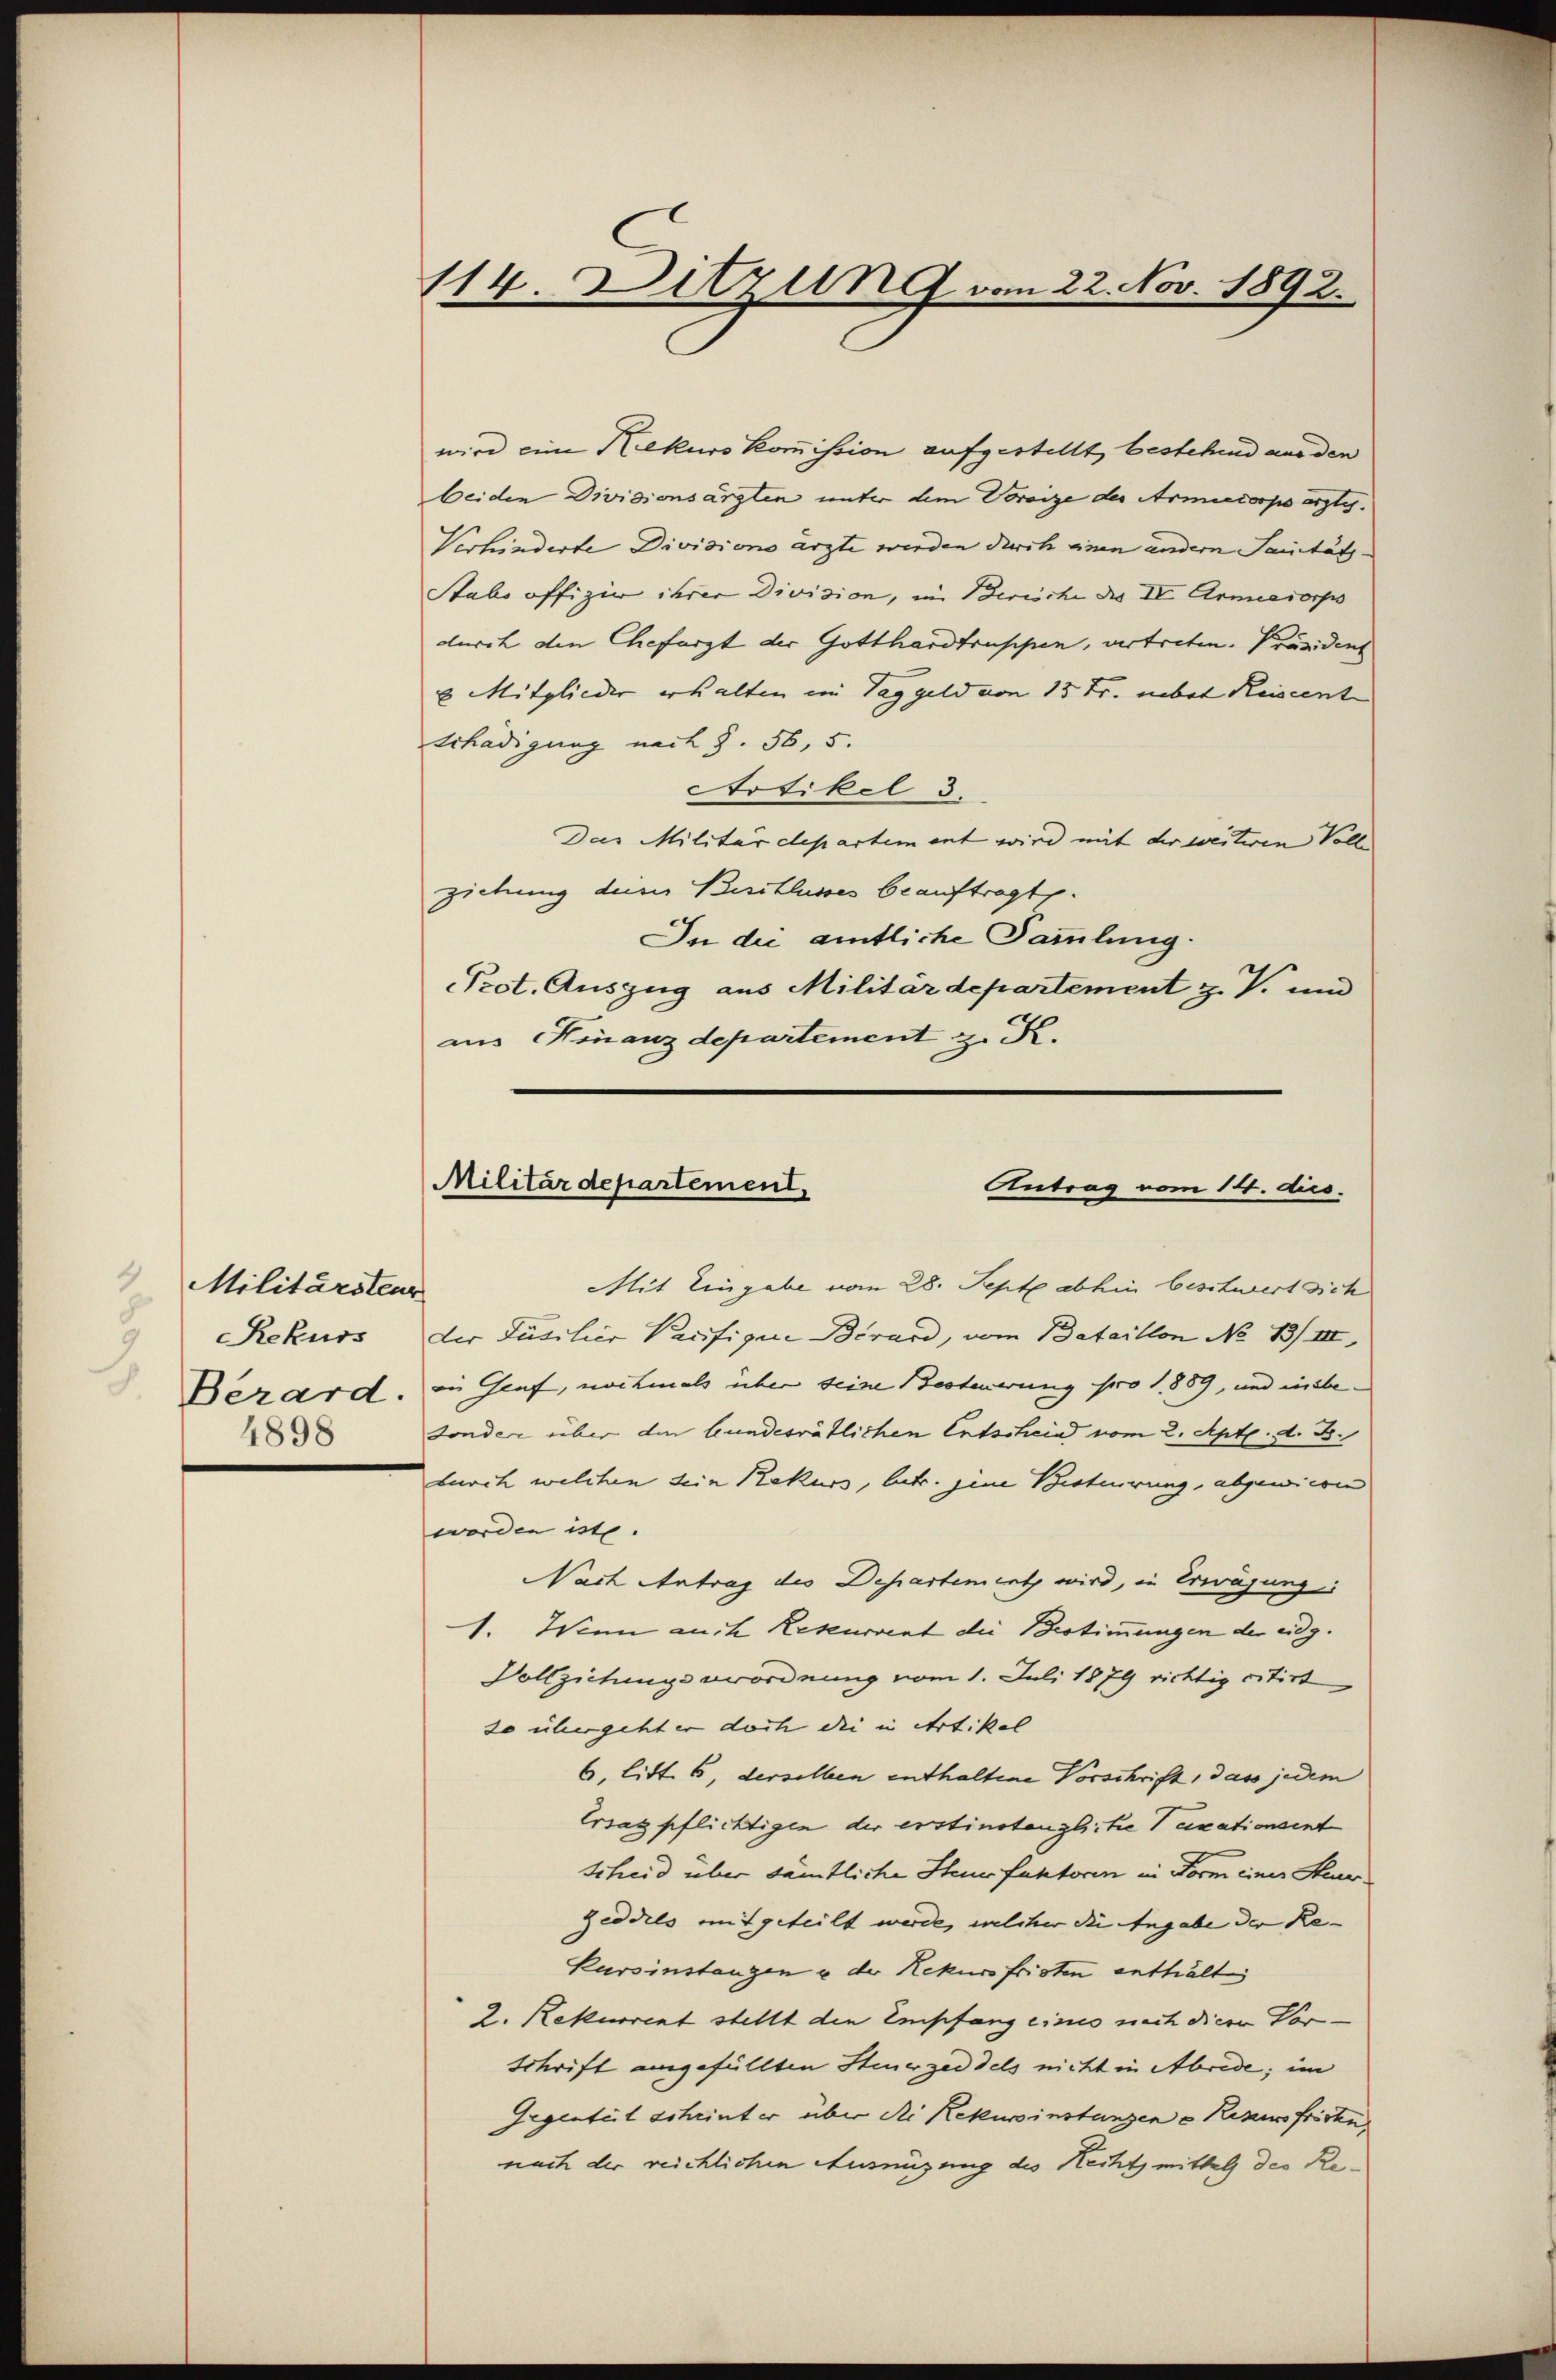
4
Militärsteur
8
Rekurs
h
4898

114. Ditzung vom 22. Nov. 1892.

wird eine Rekurskommission aufgestellt, bestehend aus den
beiden Divisionsärzten unter dem Voreize des Armicorps erste¬
Verhinderte Divisions ärzte werden durch einen andern Sanitäts¬
Stabs offizie ihrer Division, in Berische des IV Armeecorps
durch den Chefarzt der Gotthardtruppen, vertreten. Präsident
u Mitglieder erhalten in Taggeld von 15 Fr. nebel Reiseent
schädigung nach §. 56, 5.
Artikel 3.
Das Militärdepartement wird mit der weiteren Volle
ziehung derer Pritlusses beauftragt.
In die amtliche Sammlung.
Prot. Auszug aus Militärdepartement z. V. und
aus Finanzdepartement z. R.

Militärdepartement,
Antrag vom 14. dies

Mit Eingabe vom 28. Sept abhin beschwert sich
der Päsilier Pacifiger Birard, vom Bataillon No 13/III,
Berard, in Genf, nochmals über seine Besteuerung pro 1889, und insbe-
sonder über den bundesrätlichen Entschein vom 2. Apt. d. B.
duch welchen sein Rekurs, betr. jene Besterung, abgewiesen
worden in
Nach Antrag des Departement wird, in Erwägung
1. Wenn auch Reseurvent die Bestimmungen der eidg.
Vollziehungsverordnung vom 1. Juli 1879 richtig citirt
so übergeht er doch die in Artikel
6, litt. 6, derselben enthaltene Vorschrift, dass jedem
Ersatzpflichtigen der erstinstanzliche Taxationsent
scheid über sämtliche Steuer faktoren in Form einer Steuerzeddels mitgeteilt werde, welcher die Angabe der Re- |
Kursinstangen u der Rekursfristen enthält
2. Rekurrent stellt den Empfang eines nach dieen Vor-
schrift angefüllten Steuerzeddels nicht in Abrede; im
Gegenteil schrinter über die Rekurinstanzen - Rezensfristen
nach der reichlichen Amüzung des Rechtz mittel der Re¬